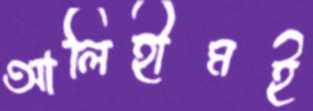
আলিহীমই